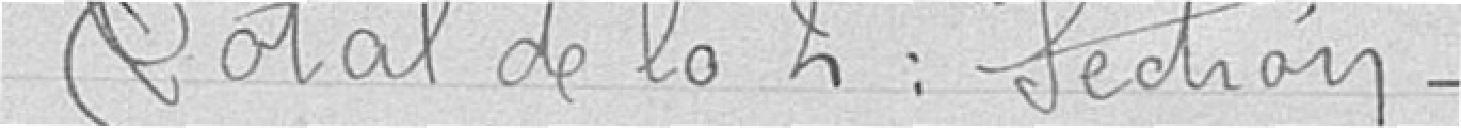
Total de la 2ème section